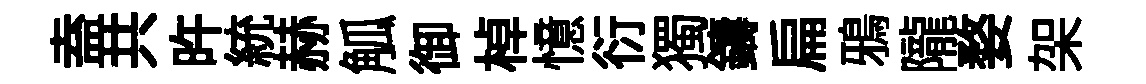
盍共旿統赫觚御棹憶衍獨鑄扁鴉隴婺架